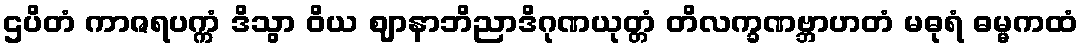
ဌပိတံ ကာဇရပက္ကံ ဒိသွာ ဝိယ ဈာနာဘိညာဒိဂုဏယုတ္တံ တိလက္ခဏဗ္ဘာဟတံ မဓုရံ ဓမ္မကထံ